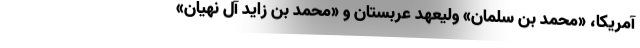
آمریکا، «محمد بن سلمان» ولیعهد عربستان و «محمد بن زاید آل نهیان»